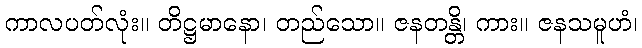
ကာလပတ်လုံး။ တိဋ္ဌမာနော၊ တည်သော။ ဇနတန္တိ၊ ကား။ ဇနသမူဟံ၊